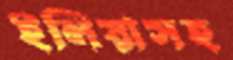
ইলিয়াসহ